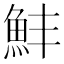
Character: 䰷